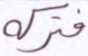
فتركه